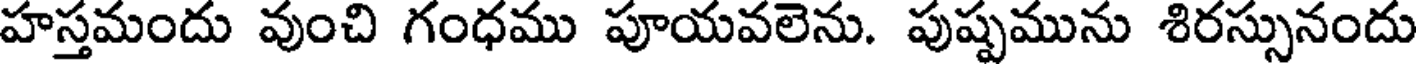
హస్తమందు వుంచి గంధము పూయవలెను. పుష్పమును శిరస్సునందు